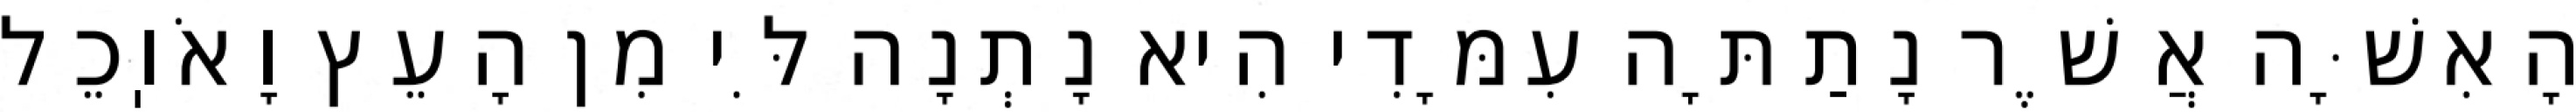
הָאִשָּׁה אֲשֶׁר נָתַתָּה עִמָּדִי הִיא נָתְנָה לִּי מִן הָעֵץ וָאֹוֽכֵל